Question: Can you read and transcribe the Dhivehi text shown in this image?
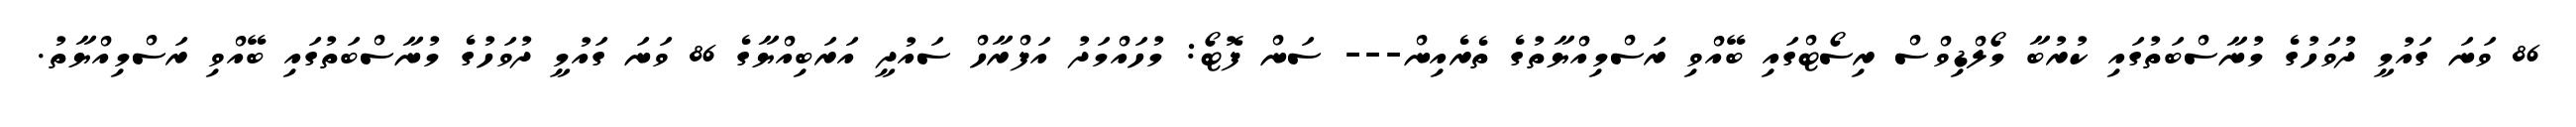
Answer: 86 ވަނަ ގައުމީ ދުވަހުގެ މުނާސްބަތުގައި ކުރުބާ މޯލްޑިވްސް ރިސޯޓްގައި ބޭއްވި ރަސްމިއްޔާތުގެ ތެރެއިން--- ސަން ފޮޓޯ: މުހައްމަދު އަފްރާހް ސައުދީ އަރަބިއްޔާގެ 86 ވަނަ ގައުމީ ދުވަހުގެ މުނާސްބަތުގައި ބޭއްވި ރަސްމިއްޔާތު.